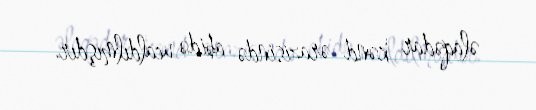
əlaqədar kənd ərazisində abidə ucaldılmışdır.